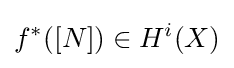
f^{*}([N])\in H^{i}(X)